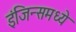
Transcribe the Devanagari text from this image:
इंजिन्समध्ये